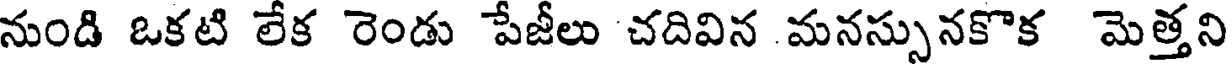
నుండి ఒకటి లేక రెండు పేజీలు చదివిన మనస్సునకొక మెత్తని